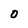
Character: O